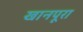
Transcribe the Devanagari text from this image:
खानपूरा